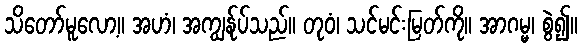
သိတော်မူလော့။ အဟံ၊ အကျွန်ုပ်သည်။ တုဝံ၊ သင်မင်းမြတ်ကို။ အာဂမ္မ၊ စွဲ၍။